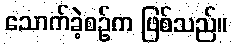
သောက်ခဲ့စဉ်က ဖြစ်သည်။